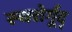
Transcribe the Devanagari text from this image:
स्चत्तेर्गूद्